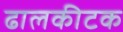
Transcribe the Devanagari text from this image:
ढालकीटक